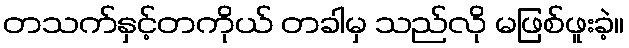
တသက်နှင့်တကိုယ် တခါမှ သည်လို မဖြစ်ဖူးခဲ့။